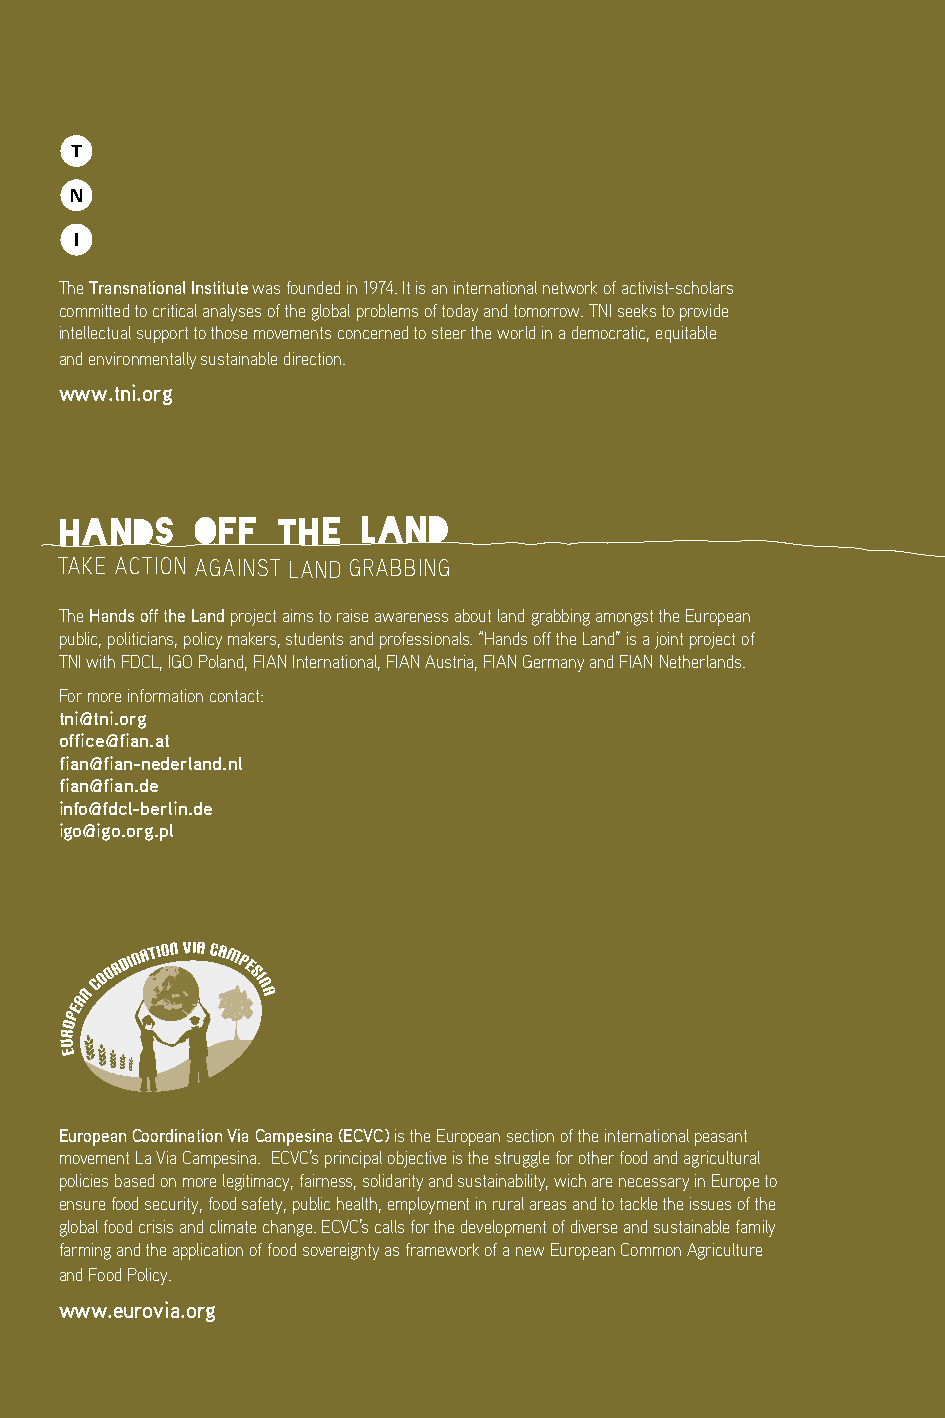
The Transnational Institute was founded in 1974. it is an international network of activist-scholars
 committed to critical analyses of the global problems of today and tomorrow. Tni seeks to provide
 intellectual support to those movements concerned to steer the world in a democratic, equitable
 and environmentally sustainable direction.
 www.tni.org
 Hands    off  tHe   Land
 Take acTion againsT land grabbing
 The Hands off the Land project aims to raise awareness about land grabbing amongst the european
 public, politicians, policy makers, students and professionals. “Hands off the land” is a joint project of
 Tni with Fdcl, igo Poland, Fian international, Fian austria, Fian germany and Fian netherlands.
 For more information contact:
 tni@tni.org
 office@fian.at
 fian@fian-nederland.nl
 fian@fian.de
 info@fdcl-berlin.de
 igo@igo.org.pl
 European Coordination Via Campesina (ECVC) is the european section of the international peasant
 movement la Via campesina. ecVc’s principal objective is the struggle for other food and agricultural
 policies based on more legitimacy, fairness, solidarity and sustainability, wich are necessary in europe to
 ensure food security, food safety, public health, employment in rural areas and to tackle the issues of the
 global food crisis and climate change. ecVc’s calls for the development of diverse and sustainable family
 farming and the application of food sovereignty as framework of a new european common agriculture
 and Food Policy.
 www.eurovia.org